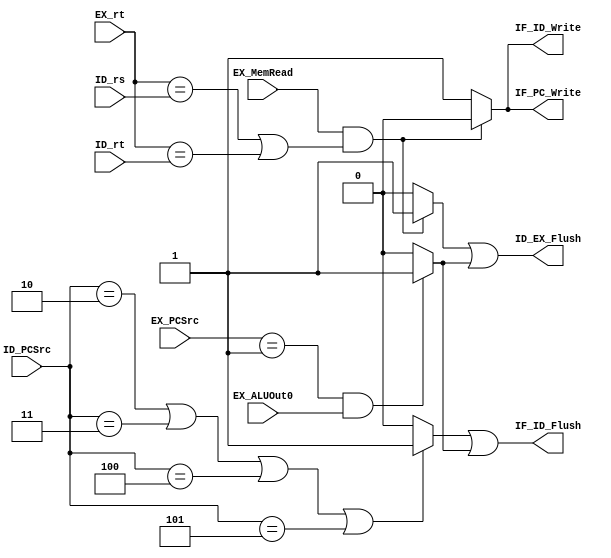
module Hazard (ID_rs, ID_rt, ID_PCSrc,
               EX_PCSrc, EX_rt, EX_MemRead, EX_ALUOut0, 
               IF_ID_Flush, IF_ID_Write,
               ID_EX_Flush, IF_PC_Write);

input   EX_MemRead, EX_ALUOut0;
input   [2:0]   ID_PCSrc, EX_PCSrc;
input   [4:0]   ID_rs, ID_rt, EX_rt;

output  IF_ID_Flush, IF_ID_Write, ID_EX_Flush, IF_PC_Write;

reg [2:0]   IF_ID_Write_enable, IF_PC_Write_enable,
            ID_EX_Flush_enable, IF_ID_Flush_enable;

always @(*) begin
    // Load-use
    if (EX_MemRead && ((EX_rt == ID_rs) || (EX_rt == ID_rt))) begin
    //we stall, IF_PC stocked , and the ins in the IF cant transmit to ID, and create a nop ins(do nothing )
        IF_PC_Write_enable[0] <= 0; // stall
        IF_ID_Write_enable[0] <= 0;
        ID_EX_Flush_enable[0] <= 1; //flush, generate bubble
        IF_ID_Flush_enable[0] <= 0;
    end
    else begin
    // if not load-use we go on
        IF_PC_Write_enable[0] <= 1;
        IF_ID_Write_enable[0] <= 1;
        ID_EX_Flush_enable[0] <= 0;
        IF_ID_Flush_enable[0] <= 0;
    end

    // j
    // when we get the ins in ID is a j-type(and jr jalr),the ins in IF is wrong, we flush it
    if ((ID_PCSrc == 3'b010) || (ID_PCSrc == 3'b011) || 
        (ID_PCSrc == 3'b100) || (ID_PCSrc == 3'b101)) begin
    //ID ins was stock and soon ,PC change to JT
        IF_PC_Write_enable[1] <= 1;
        IF_ID_Write_enable[1] <= 1;
        ID_EX_Flush_enable[1] <= 0;
        IF_ID_Flush_enable[1] <= 1; // new PC+4  and  IF_ID_Flush make the ID cant transmit to IF
    end
    else begin
        IF_PC_Write_enable[1] <= 1;
        IF_ID_Write_enable[1] <= 1;
        ID_EX_Flush_enable[1] <= 0;
        IF_ID_Flush_enable[1] <= 0;
    end

    //branch
    if ((EX_PCSrc == 3'b001) && EX_ALUOut0)
    begin
    //make ID IF nop
        IF_PC_Write_enable[2] = 1;
		IF_ID_Write_enable[2] = 1;
		ID_EX_Flush_enable[2] = 1;
		IF_ID_Flush_enable[2] = 1;
    end
    else begin
        IF_PC_Write_enable[2] = 1;
		IF_ID_Write_enable[2] = 1;
		ID_EX_Flush_enable[2] = 0;
		IF_ID_Flush_enable[2] = 0;
    end
end

assign ID_EX_Flush = ID_EX_Flush_enable[0] | ID_EX_Flush_enable[1] | ID_EX_Flush_enable[2];
assign IF_ID_Flush = IF_ID_Flush_enable[0] | IF_ID_Flush_enable[1] | IF_ID_Flush_enable[2];

assign IF_ID_Write = IF_ID_Write_enable[0] & IF_ID_Write_enable[1] & IF_ID_Write_enable[2];
assign IF_PC_Write = IF_PC_Write_enable[0] & IF_PC_Write_enable[1] & IF_PC_Write_enable[2];

endmodule